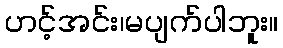
ဟင့်အင်း၊မပျက်ပါဘူး။